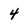
Character: 4